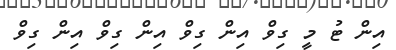
އިން ޓު މީ ގިވް އިން ގިވް އިން ގިވް އިން ގިވް